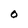
Character: 0